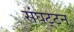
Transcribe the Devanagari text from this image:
संघट्‍टन